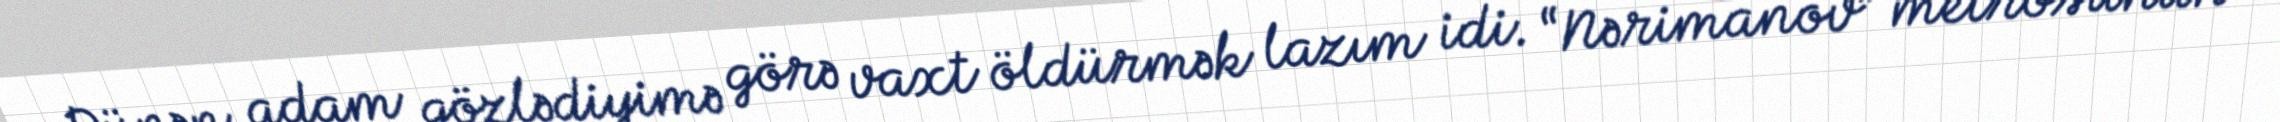
Dünən adam gözlədiyimə görə vaxt öldürmək lazım idi. “Nərimanov” metrosunun